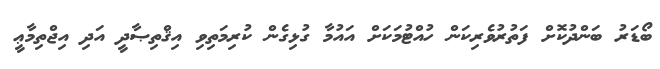
ބޯޑަރު ބަންދުކޮށް ފަތުރުވެރިކަން ހުއްޓުމަކަށް އައުމާ ގުޅިގެން ކުރިމަތިވި އިޤްތިޞާދީ އަދި އިޖްތިމާޢީ